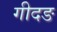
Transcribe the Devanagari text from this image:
गीदङ